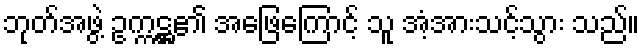
ဘုတ်အဖွဲ့ ဥက္ကဋ္ဌ၏ အဖြေကြောင့် သူ အံ့အားသင့်သွား သည်။